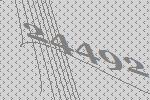
24492